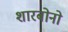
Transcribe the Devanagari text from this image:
शारबोनो